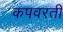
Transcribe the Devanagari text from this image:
कपवरती